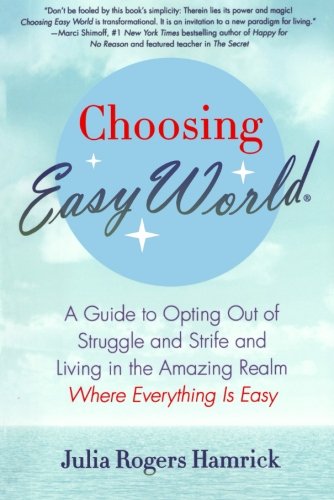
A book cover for Choosing Easy World: A Guide to Opting Out of Struggle and Strife and Living in the Amazing Realm Where Everything is Easy; Julia Rogers Hamrick; Self-Help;